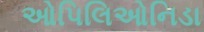
ઓપિલિઓનિડા